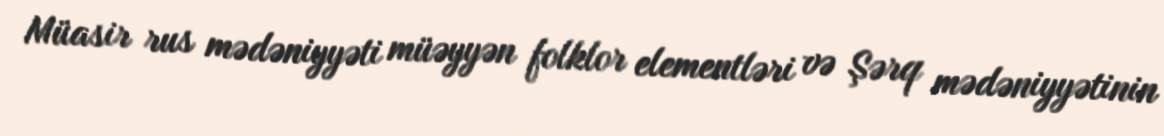
Müasir rus mədəniyyəti müəyyən folklor elementləri və Şərq mədəniyyətinin